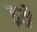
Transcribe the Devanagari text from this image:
इते